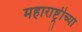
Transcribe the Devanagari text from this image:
महाराष्ट्रीच्या